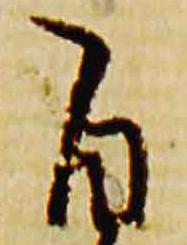
自